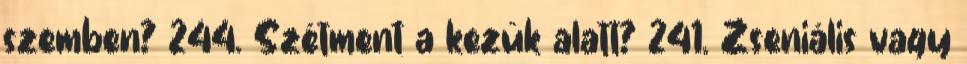
szemben? 244. Szétment a kezük alatt? 241. Zseniális vagy